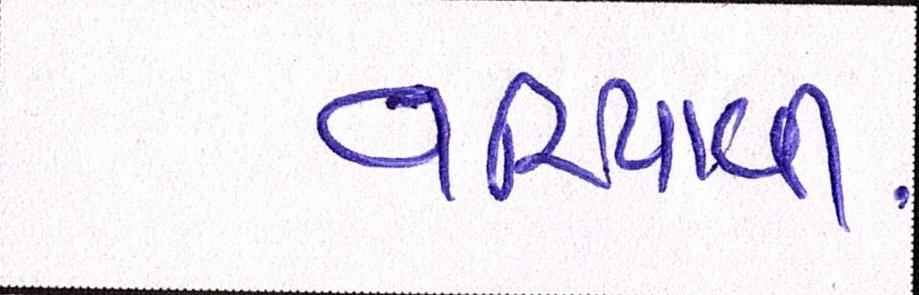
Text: વરિયાવી